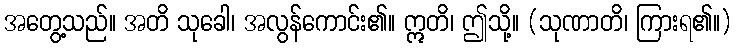
အတွေ့သည်။ အတိ သုခေါ၊ အလွန်ကောင်း၏။ ဣတိ၊ ဤသို့။ (သုဏာတိ၊ ကြားရ၏။)